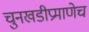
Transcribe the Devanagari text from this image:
चुनखडीप्रमाणेच